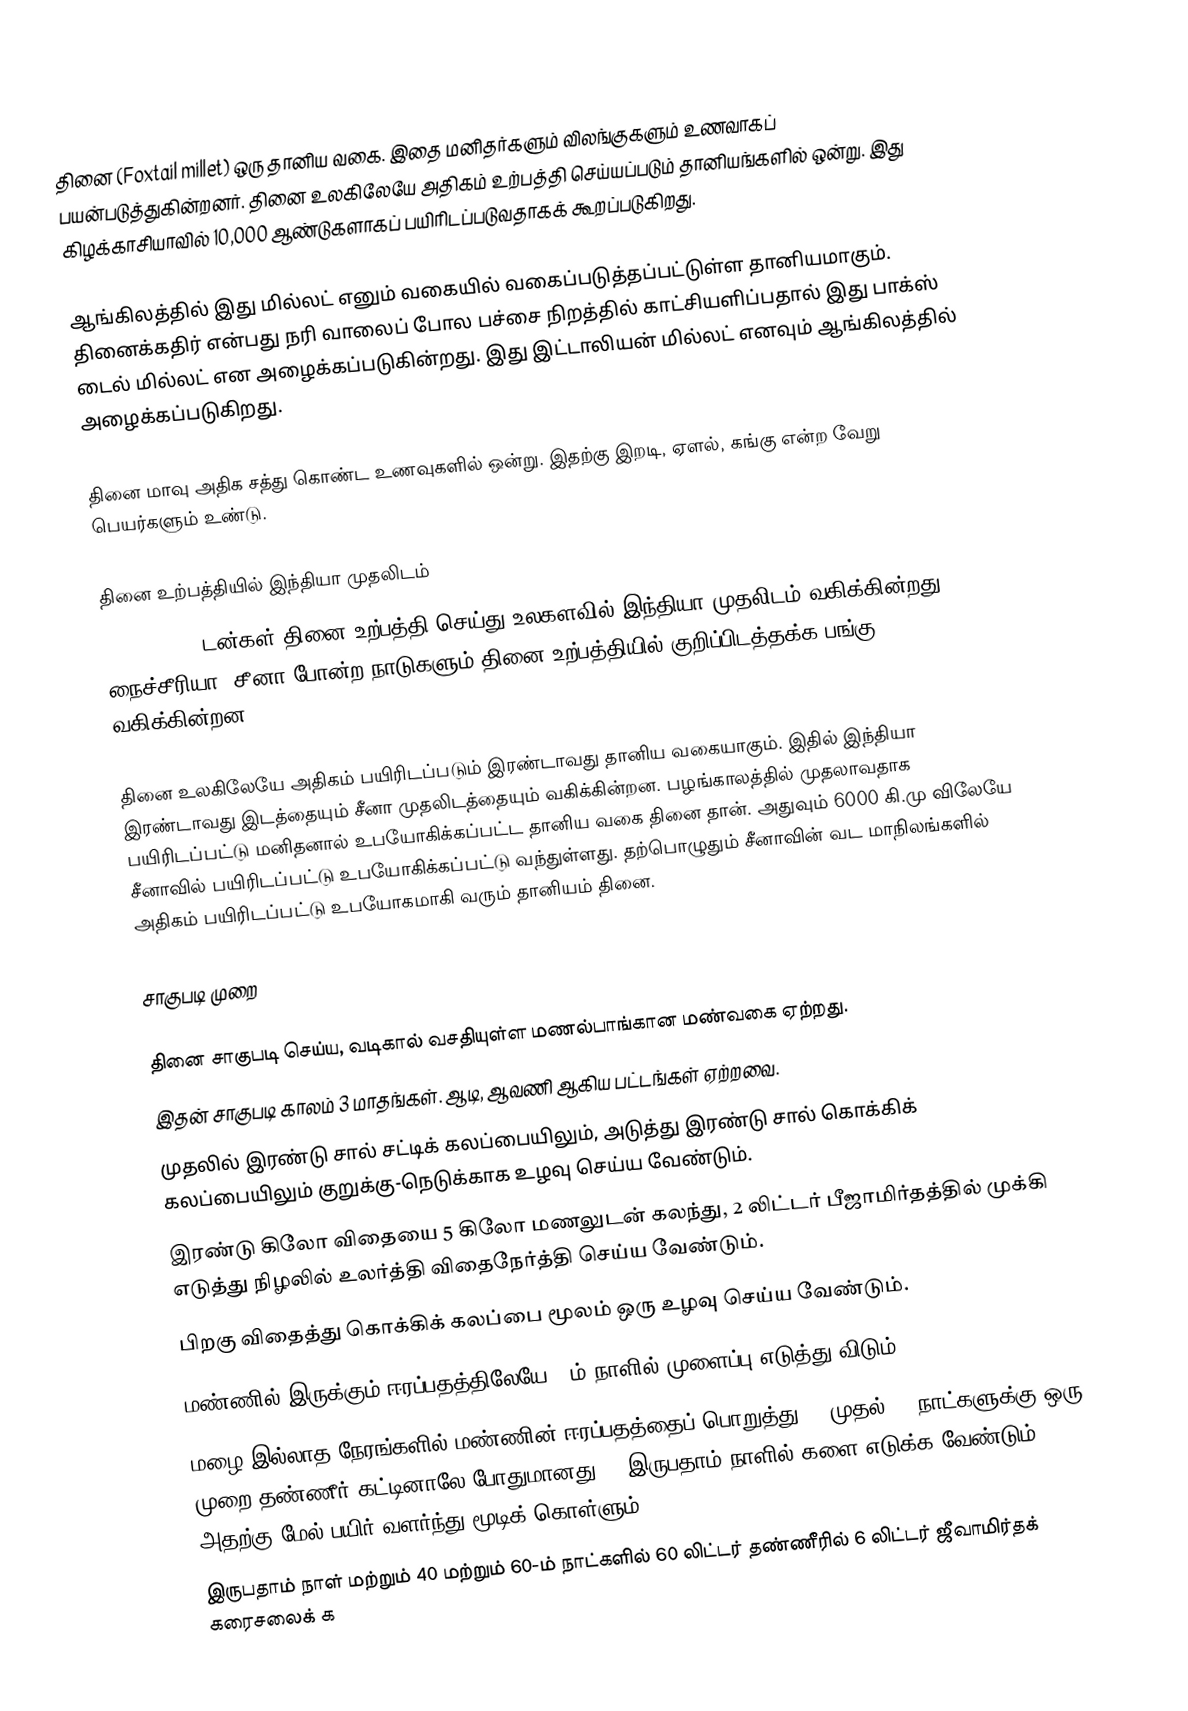
தினை (Foxtail millet) ஒரு தானிய வகை. இதை மனிதர்களும் விலங்குகளும் உணவாகப் பயன்படுத்துகின்றனர். தினை உலகிலேயே அதிகம் உற்பத்தி செய்யப்படும் தானியங்களில் ஒன்று. இது கிழக்காசியாவில் 10,000 ஆண்டுகளாகப் பயிரிடப்படுவதாகக் கூறப்படுகிறது.

ஆங்கிலத்தில் இது மில்லட் எனும் வகையில் வகைப்படுத்தப்பட்டுள்ள தானியமாகும். தினைக்கதிர் என்பது நரி வாலைப் போல பச்சை நிறத்தில் காட்சியளிப்பதால் இது பாக்ஸ் டைல் மில்லட் என அழைக்கப்படுகின்றது. இது இட்டாலியன் மில்லட் எனவும் ஆங்கிலத்தில் அழைக்கப்படுகிறது.

தினை மாவு அதிக சத்து கொண்ட உணவுகளில் ஒன்று. இதற்கு இறடி, ஏளல், கங்கு என்ற வேறு பெயர்களும் உண்டு.

தினை உற்பத்தியில் இந்தியா முதலிடம்
1,06,10,000 டன்கள் தினை உற்பத்தி செய்து உலகளவில் இந்தியா முதலிடம் வகிக்கின்றது. நைச்சீரியா, சீனா போன்ற நாடுகளும் தினை உற்பத்தியில் குறிப்பிடத்தக்க பங்கு வகிக்கின்றன.

தினை உலகிலேயே அதிகம் பயிரிடப்படும் இரண்டாவது தானிய வகையாகும். இதில் இந்தியா இரண்டாவது இடத்தையும் சீனா முதலிடத்தையும் வகிக்கின்றன. பழங்காலத்தில் முதலாவதாக பயிரிடப்பட்டு மனிதனால் உபயோகிக்கப்பட்ட தானிய வகை தினை தான். அதுவும் 6000 கி.மு விலேயே சீனாவில் பயிரிடப்பட்டு உபயோகிக்கப்பட்டு வந்துள்ளது. தற்பொழுதும் சீனாவின் வட மாநிலங்களில் அதிகம் பயிரிடப்பட்டு உபயோகமாகி வரும் தானியம் தினை.

சாகுபடி முறை

 தினை சாகுபடி செய்ய, வடிகால் வசதியுள்ள மணல்பாங்கான மண்வகை ஏற்றது.
 இதன் சாகுபடி காலம் 3 மாதங்கள். ஆடி, ஆவணி ஆகிய பட்டங்கள் ஏற்றவை.
 முதலில் இரண்டு சால் சட்டிக் கலப்பையிலும், அடுத்து இரண்டு சால் கொக்கிக் கலப்பையிலும் குறுக்கு-நெடுக்காக உழவு செய்ய வேண்டும்.
 இரண்டு கிலோ விதையை 5 கிலோ மணலுடன் கலந்து, 2 லிட்டர் பீஜாமிர்தத்தில் முக்கி எடுத்து நிழலில் உலர்த்தி விதைநேர்த்தி செய்ய வேண்டும்.
 பிறகு விதைத்து கொக்கிக் கலப்பை மூலம் ஒரு உழவு செய்ய வேண்டும்.
 மண்ணில் இருக்கும் ஈரப்பதத்திலேயே 7-ம் நாளில் முளைப்பு எடுத்து விடும்.
 மழை இல்லாத நேரங்களில் மண்ணின் ஈரப்பதத்தைப் பொறுத்து 15 முதல் 20 நாட்களுக்கு ஒரு முறை தண்ணீர் கட்டினாலே போதுமானது. * இருபதாம் நாளில் களை எடுக்க வேண்டும். அதற்கு மேல் பயிர் வளர்ந்து மூடிக் கொள்ளும்.
 இருபதாம்  நாள் மற்றும் 40 மற்றும் 60-ம் நாட்களில் 60 லிட்டர் தண்ணீரில் 6 லிட்டர் ஜீவாமிர்தக் கரைசலைக் க